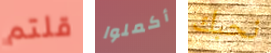
قلتم أكملوا نحبك